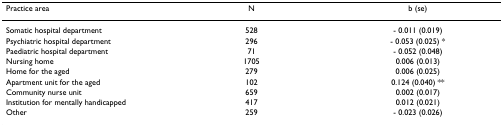
<table><thead><tr><td><b>Practice area</b></td><td><b>N</b></td><td><b>b (se)</b></td></tr></thead><tbody><tr><td>Somatic hospital department</td><td>528</td><td>- 0.011 (0.019)</td></tr><tr><td>Psychiatric hospital department</td><td>296</td><td>- 0.053 (0.025) *</td></tr><tr><td>Paediatric hospital department</td><td>71</td><td>- 0.052 (0.048)</td></tr><tr><td>Nursing home</td><td>1705</td><td>0.006 (0.013)</td></tr><tr><td>Home for the aged</td><td>279</td><td>0.006 (0.025)</td></tr><tr><td>Apartment unit for the aged</td><td>102</td><td>0.124 (0.040) **</td></tr><tr><td>Community nurse unit</td><td>659</td><td>0.002 (0.017)</td></tr><tr><td>Institution for mentally handicapped</td><td>417</td><td>0.012 (0.021)</td></tr><tr><td>Other</td><td>259</td><td>- 0.023 (0.026)</td></tr></tbody></table>